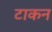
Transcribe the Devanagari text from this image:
टाकन